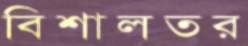
বিশালতর